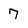
Character: 7